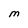
Character: M